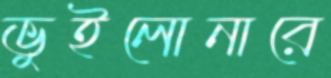
ভুইলোনারে